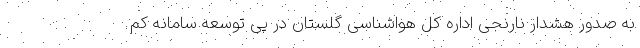
به صدور هشدار نارنجی اداره کل هواشناسی گلستان در پی توسعه سامانه کم